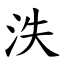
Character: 泆